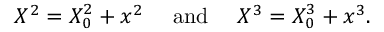
X ^ { 2 } = X _ { 0 } ^ { 2 } + x ^ { 2 } \ \ \ \ \mathrm { a n d } \ \ \ \ X ^ { 3 } = X _ { 0 } ^ { 3 } + x ^ { 3 } .